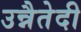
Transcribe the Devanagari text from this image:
उन्नैतेदी